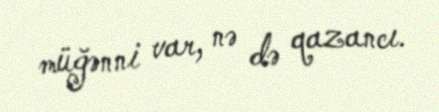
müğənni var, nə də qazancı.